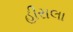
હીરાલા